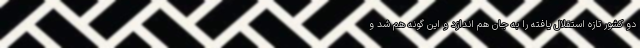
دو کشور تازه استقلال یافته را به جان هم اندازد و این گونه هم شد و